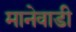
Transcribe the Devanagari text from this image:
मानेवाडी